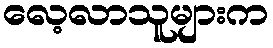
လေ့လာသူများက